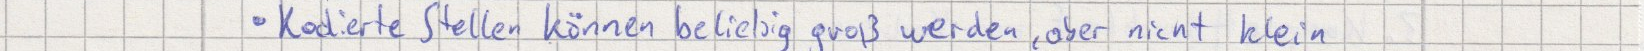
Kodierte Stellen können beliebig groß werden, aber nicht klein